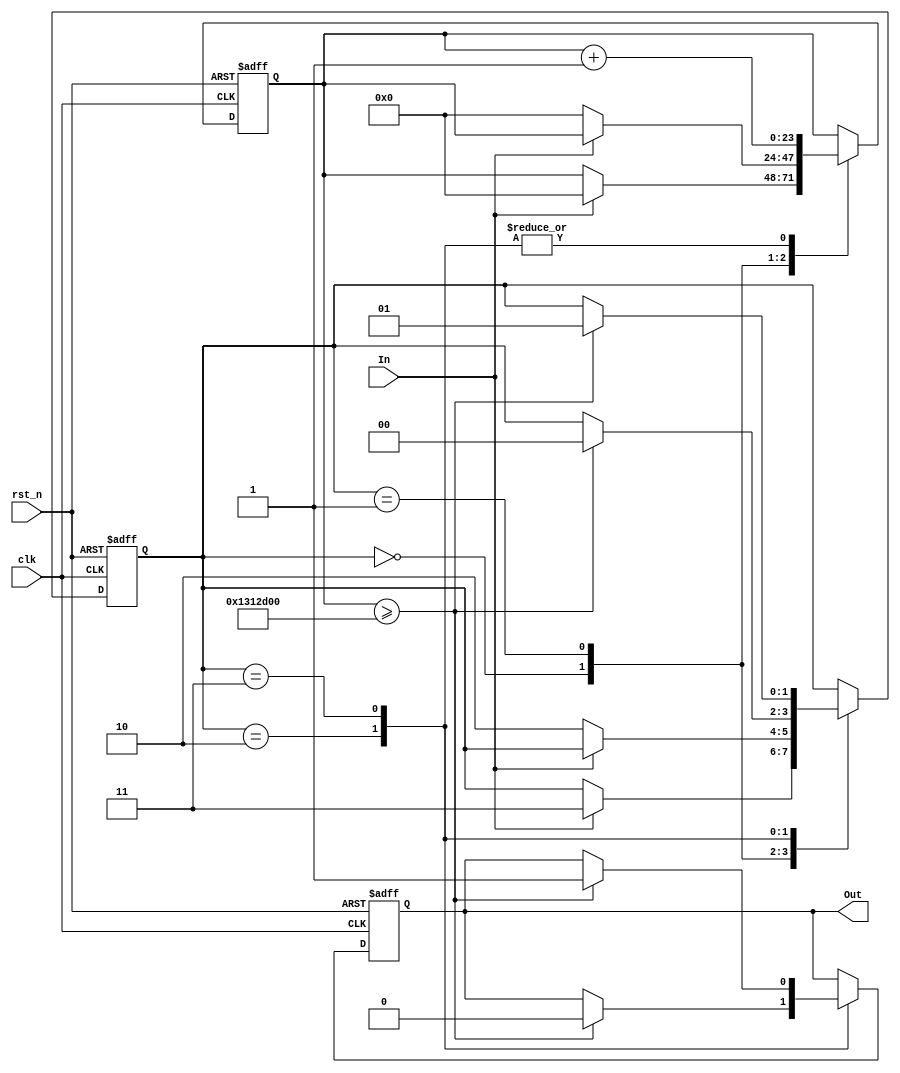
module DebouncedEdgeDetector (
    input wire clk,           // Clock signal
    input wire rst_n,        // Active-low reset
    input wire In,           // Noisy input signal
    output reg Out           // Debounced output signal
);

    // Parameters for debounce timing
    parameter DEBOUNCE_TIME = 20_000_000;  // Adjust this value based on your clock frequency (e.g., for 50MHz, ~20ms)
    
    // State registers
    reg [1:0] state;         // Current state (0 = stable low, 1 = stable high)
    reg [1:0] prev_state;    // Previous stable state
    reg [23:0] debounce_counter; // Counter for debounce timing
    
    // State encoding
    localparam STATE_LOW = 2'b00;
    localparam STATE_HIGH = 2'b01;
    localparam STATE_CHANGE_LOW = 2'b10;
    localparam STATE_CHANGE_HIGH = 2'b11;

    // Initial state
    initial begin
        state = STATE_LOW;    // Assume the initial state is low
        prev_state = STATE_LOW;
        Out = 0;              // Initial output is low
        debounce_counter = 0;  // Initialize counter
    end

    // Main logic block
    always @(posedge clk or negedge rst_n) begin
        if (!rst_n) begin
            // Reset condition
            state <= STATE_LOW;
            prev_state <= STATE_LOW;
            Out <= 0;
            debounce_counter <= 0;
        end else begin
            // Detect changes in input signal
            case (state)
                STATE_LOW: begin
                    if (In) begin
                        // Input went high, start debounce
                        state <= STATE_CHANGE_HIGH;
                        debounce_counter <= 0;
                    end
                end

                STATE_HIGH: begin
                    if (!In) begin
                        // Input went low, start debounce
                        state <= STATE_CHANGE_LOW;
                        debounce_counter <= 0;
                    end
                end

                STATE_CHANGE_LOW: begin
                    // Counting for debounce when going to low
                    debounce_counter <= debounce_counter + 1;
                    if (debounce_counter >= DEBOUNCE_TIME) begin
                        state <= STATE_LOW; // Confirmed stable low
                        prev_state <= STATE_HIGH; // Update previous state
                        Out <= 0; // Update output
                    end
                end

                STATE_CHANGE_HIGH: begin
                    // Counting for debounce when going to high
                    debounce_counter <= debounce_counter + 1;
                    if (debounce_counter >= DEBOUNCE_TIME) begin
                        state <= STATE_HIGH; // Confirmed stable high
                        prev_state <= STATE_LOW; // Update previous state
                        Out <= 1; // Update output
                    end
                end

                default: begin
                    state <= STATE_LOW; // Default case (safety)
                end
            endcase
        end
    end

endmodule